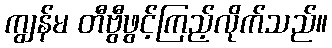
ကျွန်မ တီဗွီဖွင့်ကြည့်လိုက်သည်။